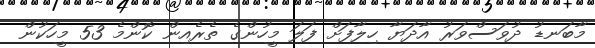
މާބަނޑު ދުވަސްވަރު އާދަޔާ ހިލާފަށް ފަލަ މީހުންގެ ތެރެއިން ކޮންމެ 53 މީހަކުން